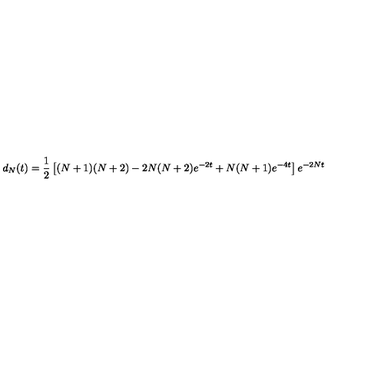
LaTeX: d _ { N } ( t ) = \frac { 1 } { 2 } \left[ ( N + 1 ) ( N + 2 ) - 2 N ( N + 2 ) e ^ { - 2 t } + N ( N + 1 ) e ^ { - 4 t } \right] e ^ { - 2 N t }